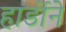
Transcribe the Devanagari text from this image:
हार्डीने